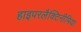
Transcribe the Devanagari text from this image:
हाइपरलैक्टिनीमिया